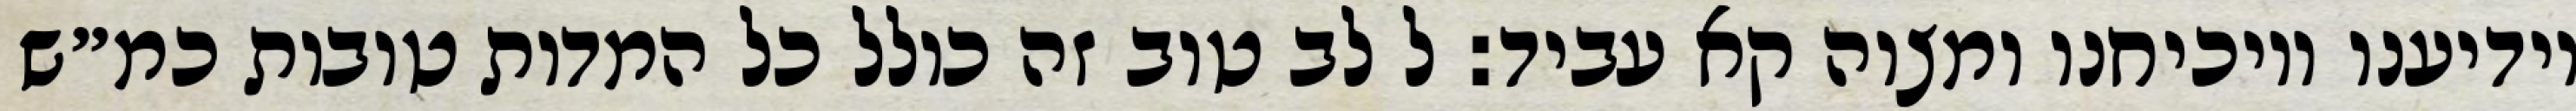
יודיענו ויוכיחנו ומצוה קא עביד: ל לב טוב זה כולל כל המדות טובות כמ״ש